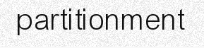
partitionment